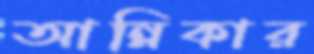
আন্নিকার